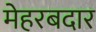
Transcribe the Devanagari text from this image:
मेहरबदार